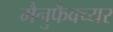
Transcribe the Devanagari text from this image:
मैनुफैक्च्यर